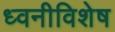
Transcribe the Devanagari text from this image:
ध्वनीविशेष